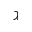
\gimel